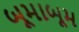
બૂમાબૂમ